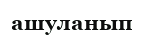
ашуланып